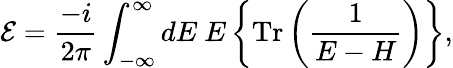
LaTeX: {\cal E}=\frac{-i}{2\pi}\int_{-\infty}^{\infty}dE~E\left\{ \mathrm{Tr}\left(\frac{1}{E-H}\right)\right\} ,